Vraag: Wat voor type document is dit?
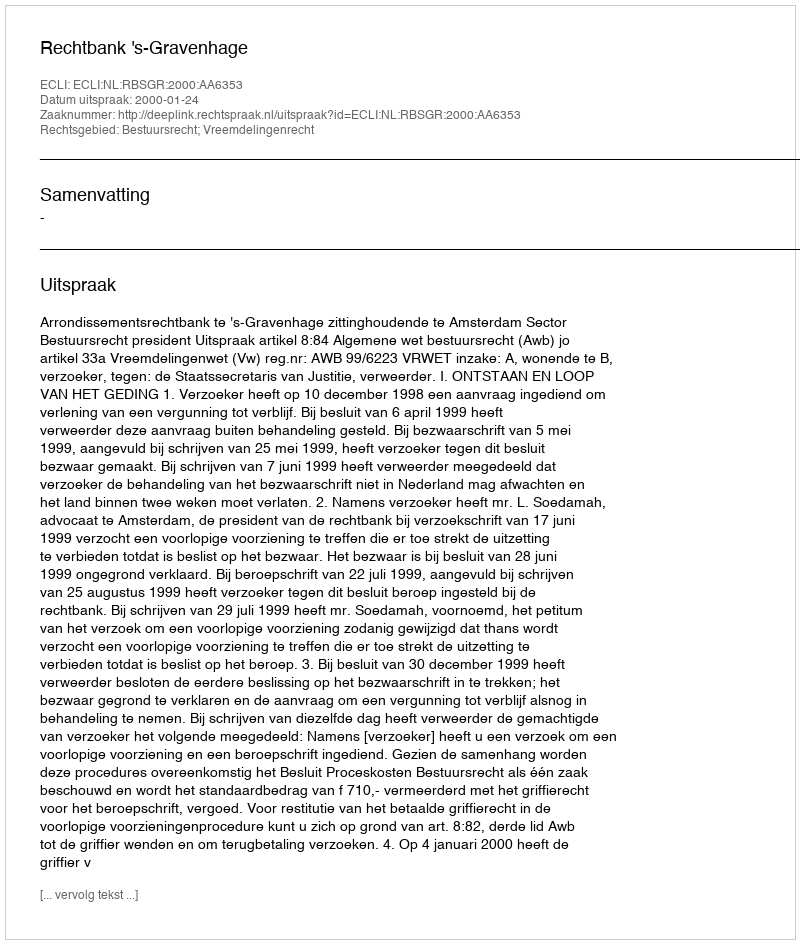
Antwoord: Uitspraak